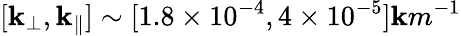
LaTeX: [\mathbf{k}_{\perp},\mathbf{k}_{\parallel}]\sim[1.8\times10^{-4},4\times10^{-5}]\mathbf{k}m^{-1}